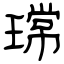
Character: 瑺